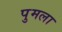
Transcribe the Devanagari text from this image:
पुमला